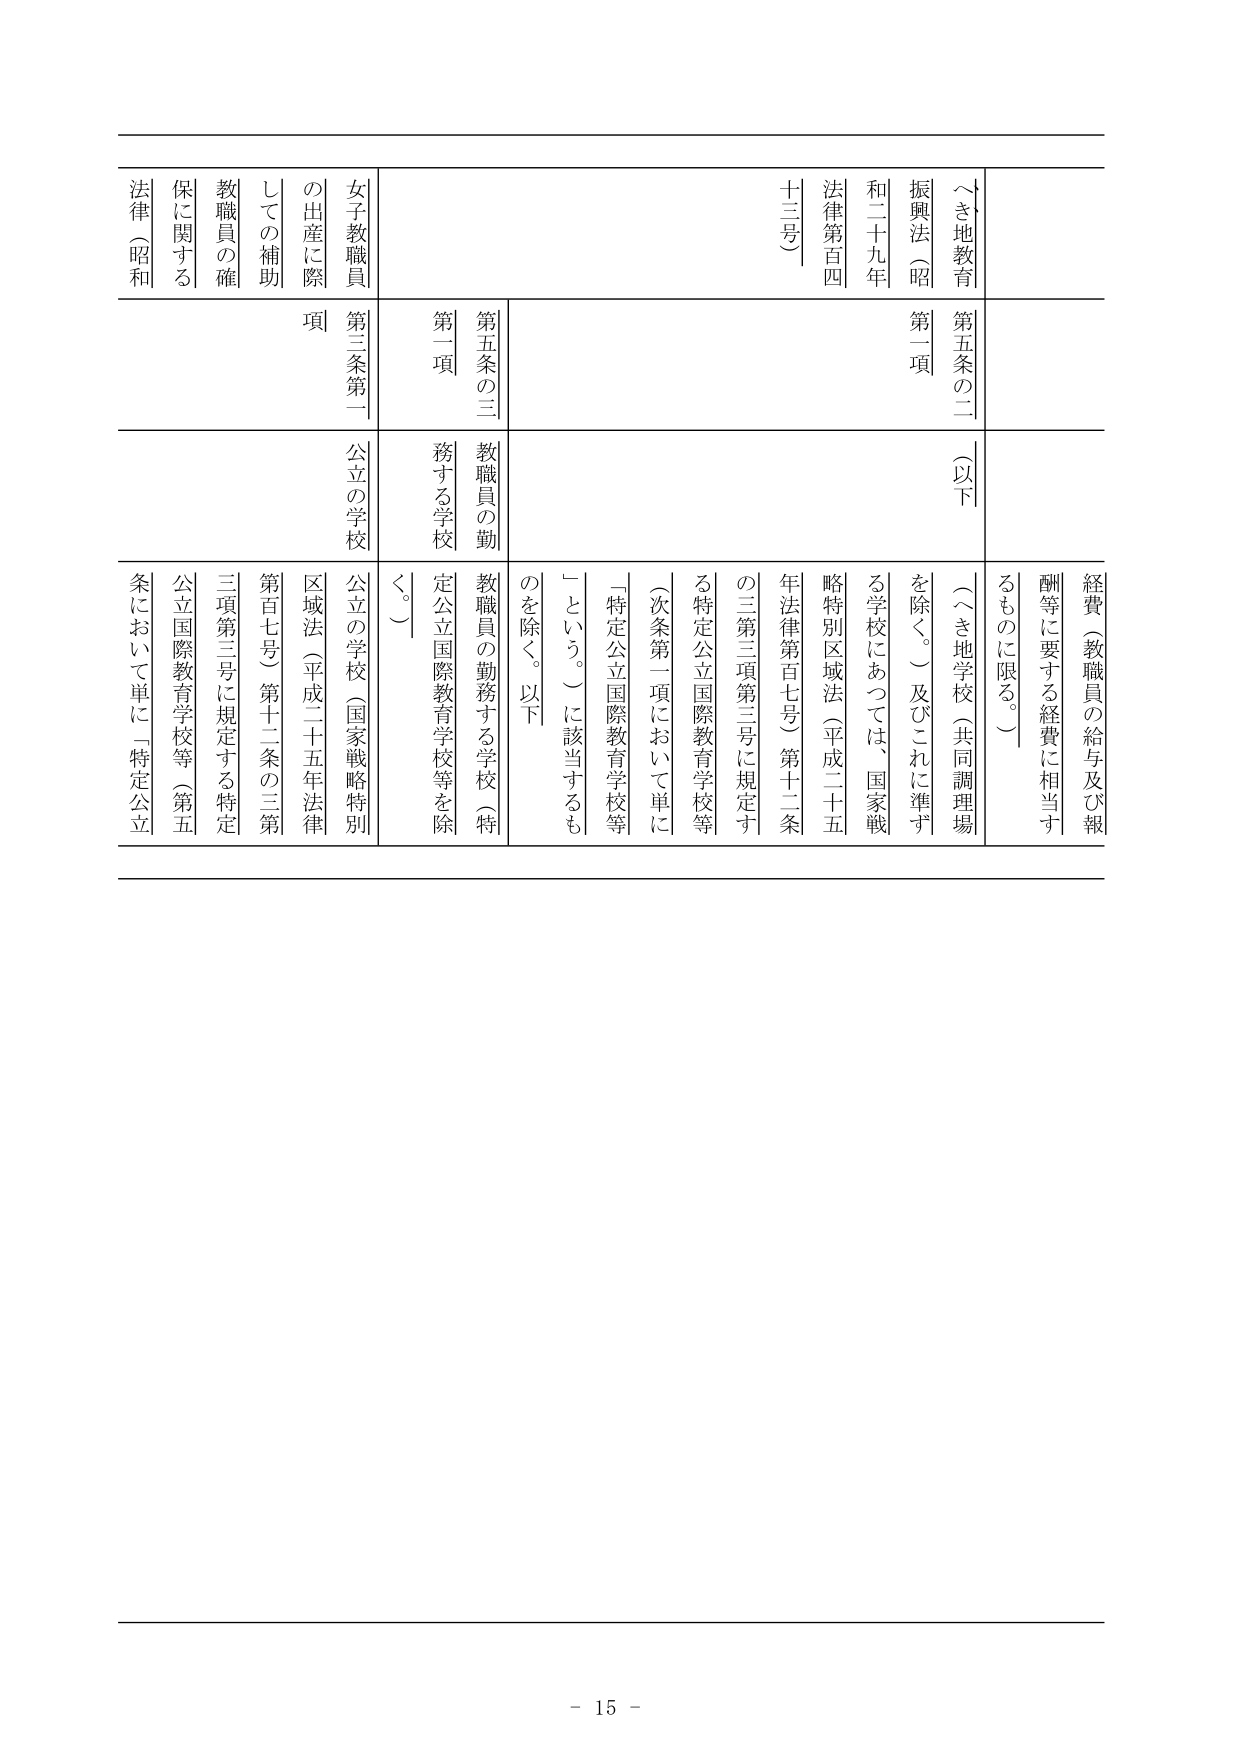
～き地教育
振興法（昭
和二十九年
法律第百四
十三号）
第五条の二
（以下
第一項
経費（教職員の給与及び報
酬等に要する経費に相当す
るものに限る。）
～き地学校（共同調理場
を除く。）及びこれに準ず
る学校にあっては、国家戦
略特別区域法（平成二十五
年法律第百七号）第十二条
の三第三項第三号に規定す
る特定公立国際教育学校等
（次条第一項において単に
「特定公立国際教育学校等
」という。）に該当するも
のを除く。以下
第五条の三
第一項
教職員の勤
務する学校
教職員の勤務する学校（特
定公立国際教育学校等を除
く。）
女子教職員
の出産に際
しての補助
教職員の確
保に関する
法律（昭和
第三条第一
項
公立の学校
公立の学校（国家戦略特別
区域法（平成二十五年法律
第百七号）第十二条の三第
三項第三号に規定する特定
公立国際教育学校等（第五
条において単に「特定公立

- 15 -